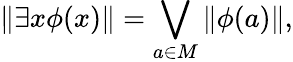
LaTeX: \| \exists x\phi(x)\| =\bigvee_{a\in M}\| \phi(a)\| ,